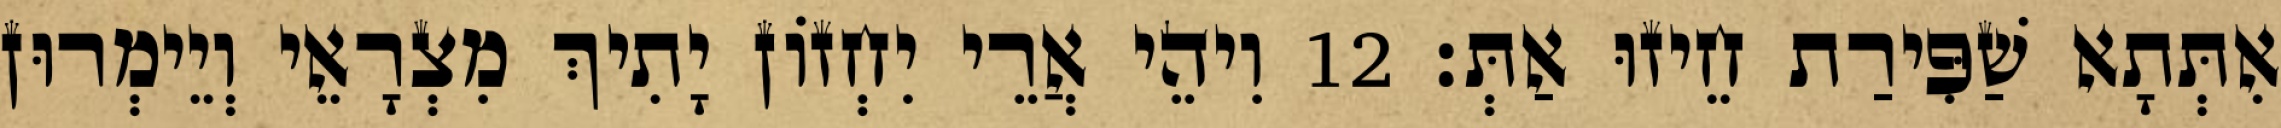
אִתְּתָא שַׁפִּירַת חֵיזוּ אַתְּ׃ 12 וִיהֵי אֲרֵי יִחְזוֹן יָתִיךְ מִצְרָאֵי וְיֵימְרוּן